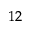
_ { 1 2 }